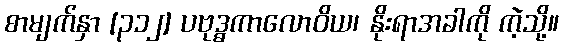
စာမျက်နှာ [၃၁၂] ပဗုဒ္ဓကာလောဝိယ၊ နိုးရာအခါကို ကဲ့သို့။